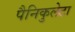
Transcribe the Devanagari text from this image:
पैनिकुलेटा